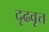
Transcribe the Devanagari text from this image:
दृढवृत्त